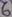
Text: 6